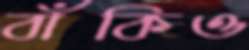
বাঁকিও